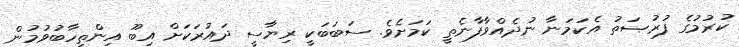
ކުރުމުގެ ފުރުޞަތު އެކަމަނާ ނުދެއްވާފާނެތީ ކަމަށެވެ. ސަބަބަކީ ރިޔާސީ ދައުރަކަށް އިބޫ އިންތިހާބުވުމުން